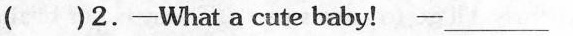
( )2.-What a cute baby! _